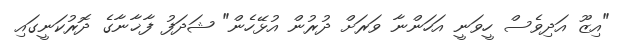
"އިޒޫ އަދިވެސް ހީވަނީ އަހަންނާ ވަރަށް ދުރުން އުޅޭހެން" ޝަދަފު ފާޚާނާގެ ދޮރުކަނީގައި